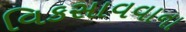
વિકસાવવાના